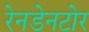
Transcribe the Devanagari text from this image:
रेनडेनटोर